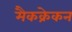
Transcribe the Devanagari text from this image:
मैकक्रेकन